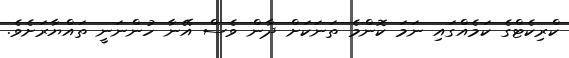
ކްރިކެޓްގެ ކަމެއްގައި ނަމަ ކޮންމެ ތަަނަކަށް ދާން ވެސް އޭނާ ހުންނަނީ ތައްޔާރަށެވެ.